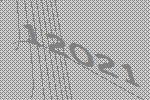
12021